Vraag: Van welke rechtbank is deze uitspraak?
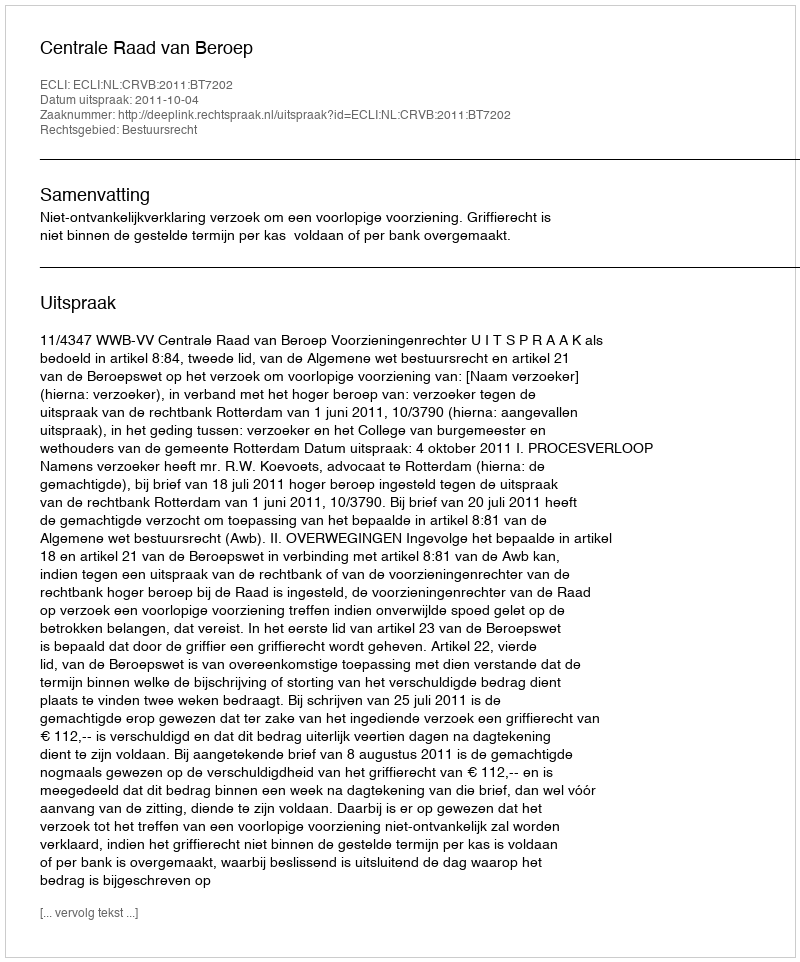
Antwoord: Centrale Raad van Beroep